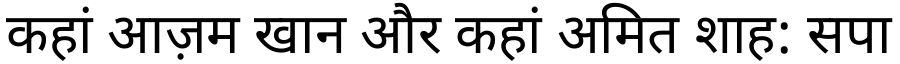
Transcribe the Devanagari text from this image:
कहां आज़म खान और कहां अमित शाह: सपा